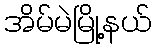
အိမ်မဲမြို့နယ်